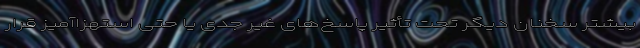
بیشتر سخنان دیگر تحت تأثیر پاسخ‌های غیر جدی یا حتی استهزاآمیز قرار